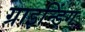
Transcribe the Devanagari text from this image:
ग्राइन्डिंग